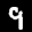
Label: 9